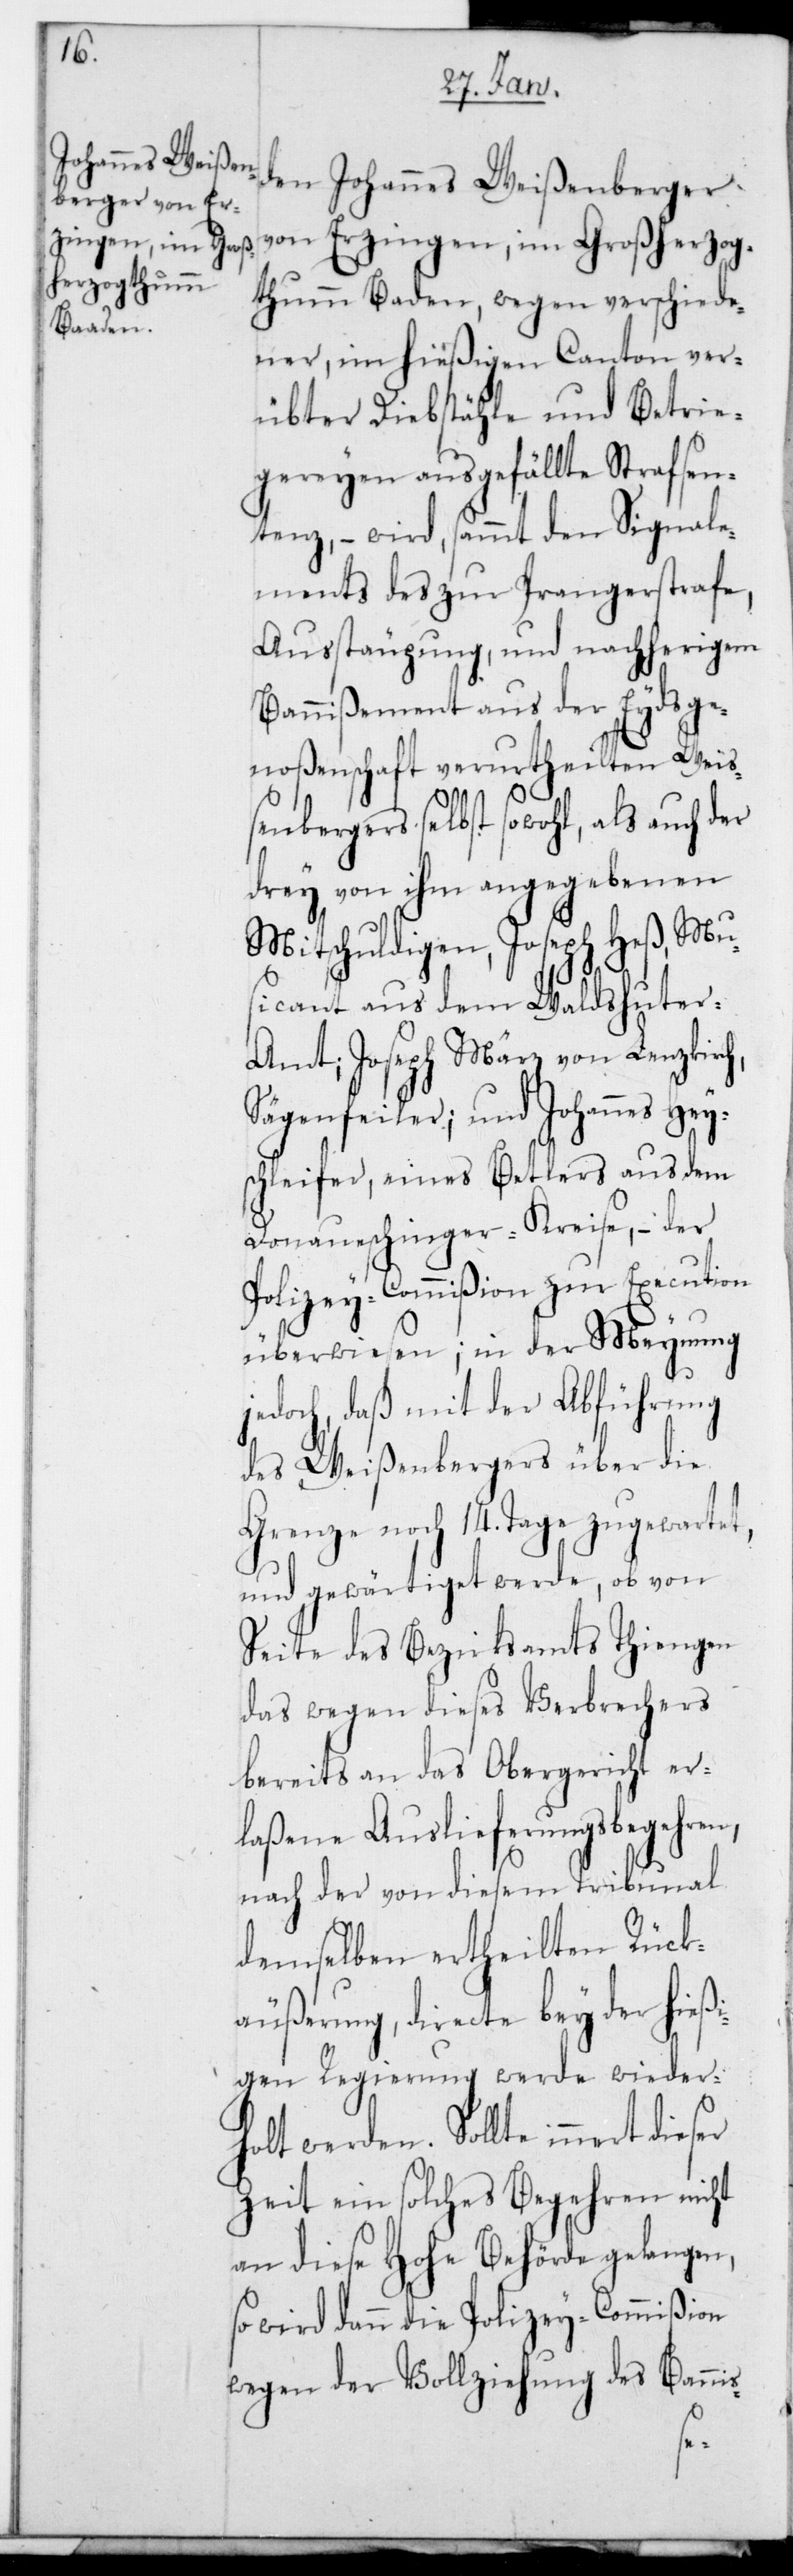
den Johannes Weißenberger
von Erzingen, im Großherzog¬
tum Baden, wegen verschiede¬
ner, im hießigen Canton ver¬
übter Diebstähle und Betrie¬
gereien ausgefällte Strafsen¬
tenz, – wird sammt den Signale¬
ments des zur Prangerstrafe,
Ausstäupung und nachherigem
Bannißement aus der Eydsge¬
noßenschaft verurtheilten Wei¬
ßenbergers selbst sowohl, als auch der
drey von ihm angegebenen
Mitschuldigen, Joseph Heß, Mu¬
sicant aus dem Waldshuter¬
amt; Joseph Merz von Lenzkirch,
Sägenfeiler; und Johannes Hey¬
schleifer, eines Bettlers aus dem
Donaueschinger-Kreise, – der
Polizey-Commißion zur Execution
überwiesen; in der Meynung
jedoch, daß mit der Abführung
des Weißenbergers über die
Grenze noch 14. Tage zugewartet
und gewärtiget werde, ob von
Seite des Bezirksamts Thiengen
das wegen dieses Verbrechers
bereits an das Obergericht er¬
laßene Auslieferungsbegehren,
nach der von diesem Tribunal
demselben ertheilten Rück¬
äußerung, directe bey der hießi¬
gen Regierung werde wieder¬
holt werden. Sollte innert
Zeit ein solches Begehren nicht
an diese Hohe Behörde gelangen,
so wird dann die Polizey-Commißion
wegen der Vollziehung des Banni¬
s-